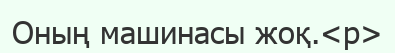
Оның машинасы жоқ.<p>